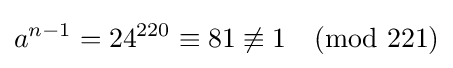
a^{n-1}=24^{220}\equiv 81\not \equiv 1{\pmod {221}}